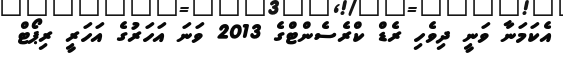
އެކަމަނާ ވަނީ ދިވެހި ރެޑް ކްރެސެންޓްގެ 2013 ވަނަ އަހަރުގެ އަހަރީ ރިޕޯޓް